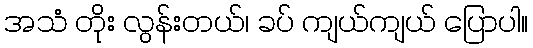
အသံ တိုး လွန်းတယ်၊ ခပ် ကျယ်ကျယ် ပြောပါ။